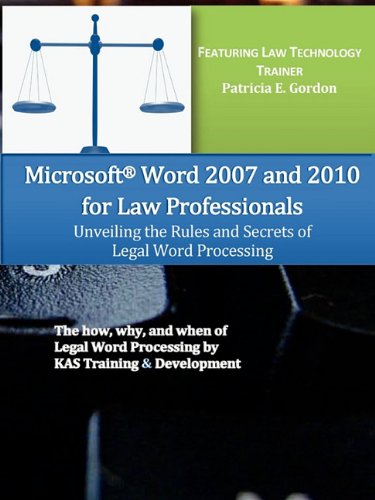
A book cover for Microsoft Word 2007 and 2010 for Law Professionals Unveiling the Rules and Secrets of Legal Word Processing; KAS Training & Development; Law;